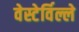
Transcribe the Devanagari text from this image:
वेस्टेर्विल्ले